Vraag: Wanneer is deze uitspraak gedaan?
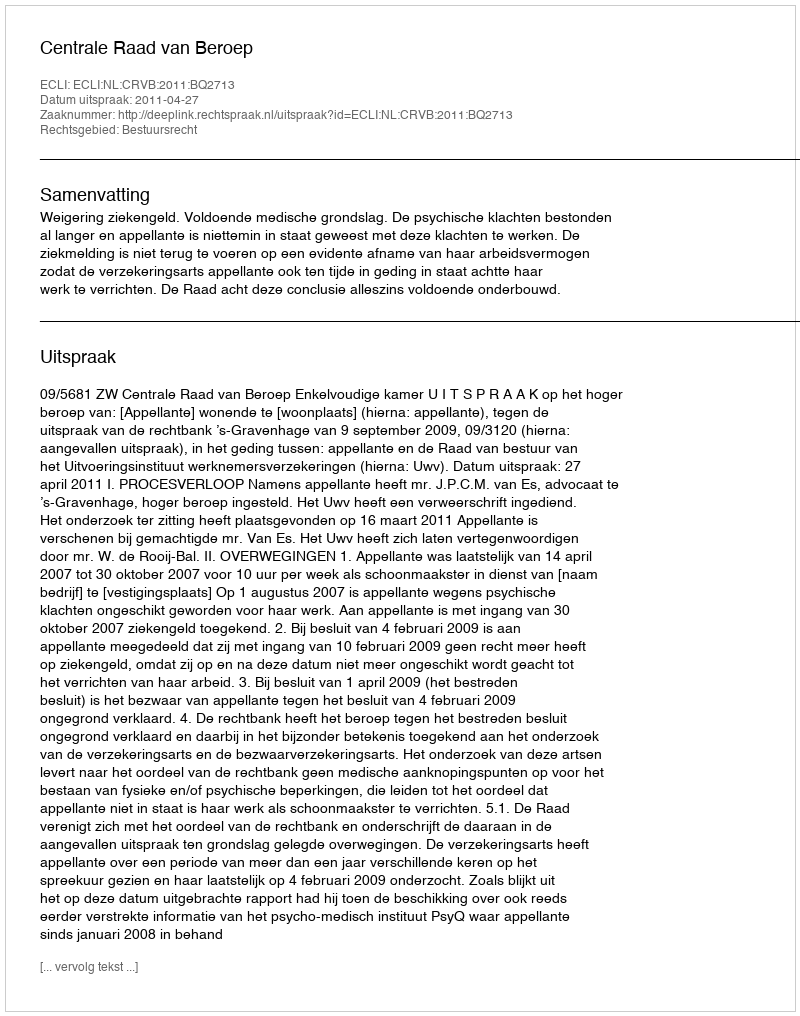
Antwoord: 2011-04-27